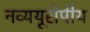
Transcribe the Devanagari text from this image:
नव्ययूरोपीय